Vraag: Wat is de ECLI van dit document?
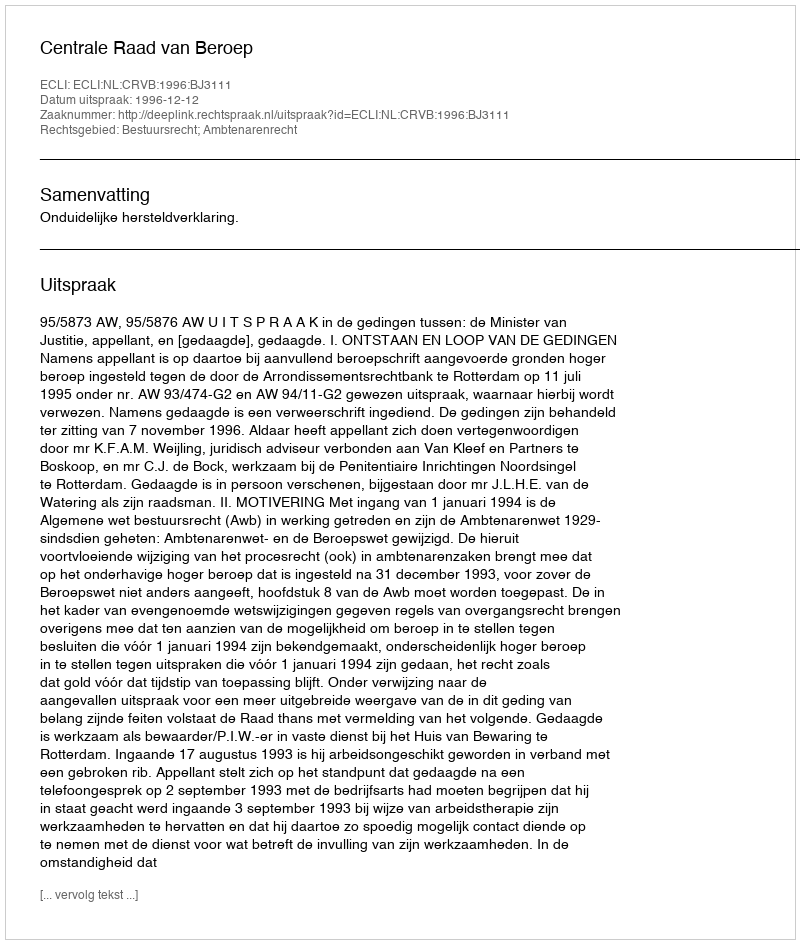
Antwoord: ECLI:NL:CRVB:1996:BJ3111